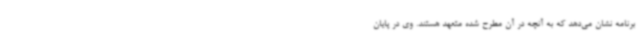
برنامه نشان می‌دهد که به آنچه در آن مطرح شده متعهد هستند. وی در پایان